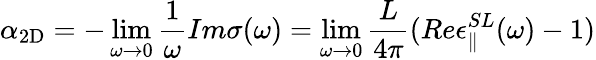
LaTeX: \alpha_{\mathrm{2D}}=-\operatorname*{lim}_{\omega\rightarrow 0}\frac{1}{\omega}Im\sigma(\omega)=\operatorname*{lim}_{\omega\rightarrow 0}\frac{L}{4\pi}(Re\epsilon_{\| }^{SL}(\omega)-1)